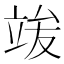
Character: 𱷦